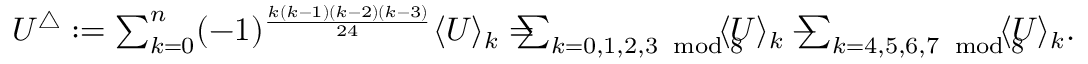
\begin{array} { r } { U ^ { \bigtriangleup } : = \sum _ { k = 0 } ^ { n } ( - 1 ) ^ { \frac { k ( k - 1 ) ( k - 2 ) ( k - 3 ) } { 2 4 } } \langle U \rangle _ { k } = \! \! \! \! \! \sum _ { k = 0 , 1 , 2 , 3 \! \! \mod 8 } \! \! \! \! \! \langle U \rangle _ { k } - \! \! \! \! \! \sum _ { k = 4 , 5 , 6 , 7 \! \! \mod 8 } \! \! \! \! \! \langle U \rangle _ { k } . } \end{array}